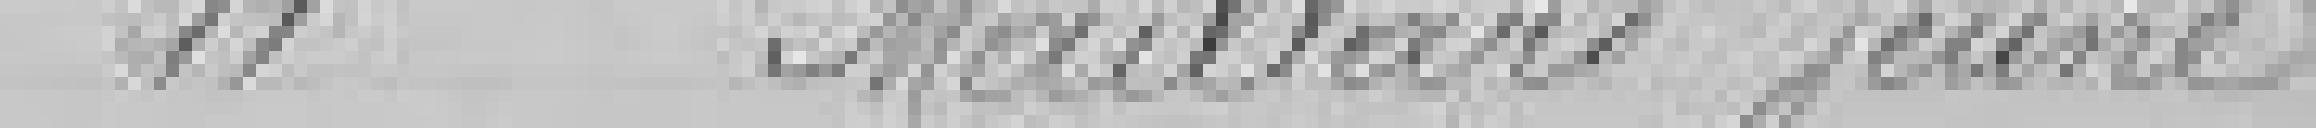
1 Maillard Jeune